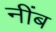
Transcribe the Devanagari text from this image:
नींब